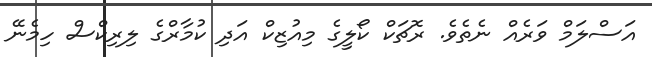
އަސްލަމް ވަރެއް ނެތެވެ. ރޮޗަކް ކޯލީގެ މިއުޒިކް އަދި ކުމާރްގެ ލިރިކްސް ހިމެނޭ